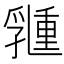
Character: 𠄉